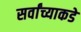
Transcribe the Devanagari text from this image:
सर्वांच्याकडे